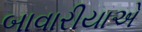
બાવારીયાએ